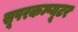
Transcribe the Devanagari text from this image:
सूपरकम्प्यूटर